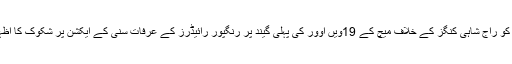
28 نومبر کو راج شاہی کنگز کے خلاف میچ کے 19ویں اوور کی پہلی گیند پر رنگپور رائیڈرز کے عرفات سنی کے ایکشن پر شکوک کا اظہار کیا گیا۔